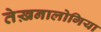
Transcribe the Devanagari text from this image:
तेख़नालोगिया